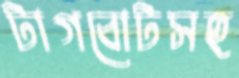
টাগবোটসহ